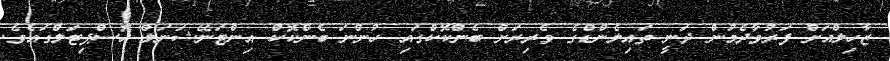
ޒާހިލްއަށް ފަރުވާދެމުން ދަނީ ތައިލެންޑްގެ ވެރިރަށް ބެންކޮކްގައި ހުންނަ ބެންކޮކް އިންޓަނޭޝަނަލް ހޮސްޕިޓަލްގައެވެ.